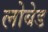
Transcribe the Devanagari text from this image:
लोबेड